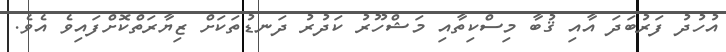
އުހުދު ފަރުބަދަ އާއި ޤުބާ މިސްކިތާއި މަޝްހޫރު ކަދުރު ދަނޑުތަކަށް ޒިޔާރަތްކޮށްފައިވެ އެވެ.